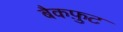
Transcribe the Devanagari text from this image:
बैकफ़ुट